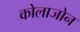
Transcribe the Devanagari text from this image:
कोलाजोन